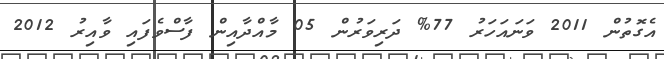
އެގޮތުން 2011 ވަނައަހަރު 77% ދަރިވަރުން 05 މާއްދާއިން ފާސްވެފައި ވާއިރު 2012